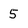
Character: 5